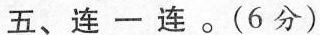
五、连一连。(6分)